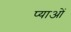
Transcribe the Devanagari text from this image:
प्याओं